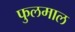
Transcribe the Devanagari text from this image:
फुलमाल